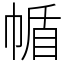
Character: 㡒